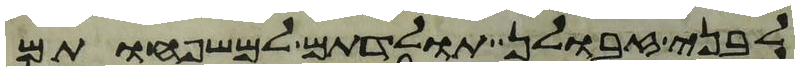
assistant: לבני זבולן תולדתם למשפחותם